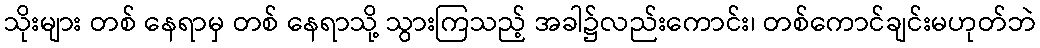
သိုးများ တစ် နေရာမှ တစ် နေရာသို့ သွားကြသည့် အခါ၌လည်းကောင်း၊ တစ်ကောင်ချင်းမဟုတ်ဘဲ